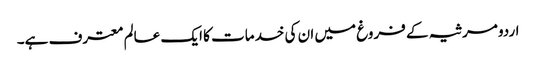
اردو مرثیہ کے فروغ میں ان کی خدمات کا ایک عالم معترف ہے۔